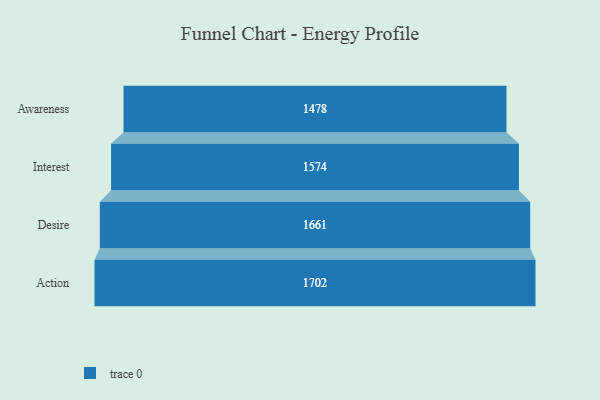
{"axis": {"x": "Stage", "y": "Value"}, "legend": [""], "data": [{"x": "Awareness", "y": 1478.0, "type": ""}, {"x": "Interest", "y": 1574.0, "type": ""}, {"x": "Desire", "y": 1661.0, "type": ""}, {"x": "Action", "y": 1702.0, "type": ""}]}